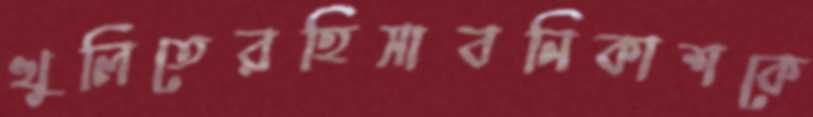
খুলিতেরহিসাবনিকাশকে